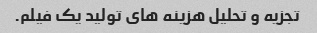
تجزیه و تحلیل هزینه های تولید یک فیلم.